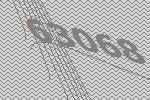
63068